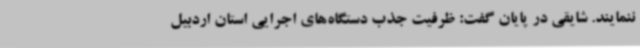
ننمایند. شایقی در پایان گفت: ظرفیت جذب دستگاه‌های اجرایی استان اردبیل